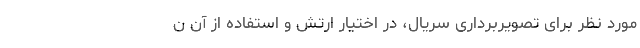
مورد نظر برای تصویربرداری سریال، در اختیار ارتش و استفاده از آن ن